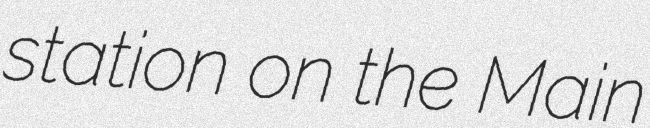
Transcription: station on the Main